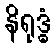
နိရုဒ္ဓံ